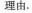
理由。